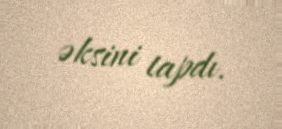
əksini tapdı.